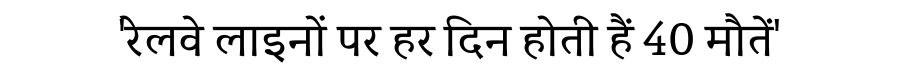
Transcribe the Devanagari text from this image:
'रेलवे लाइनों पर हर दिन होती हैं 40 मौतें'